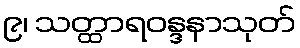
၉၊ သတ္ထာရဝန္ဒနာသုတ်